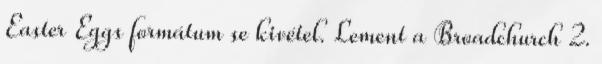
Easter Eggs formátum se kivétel. Lement a Broadchurch 2.